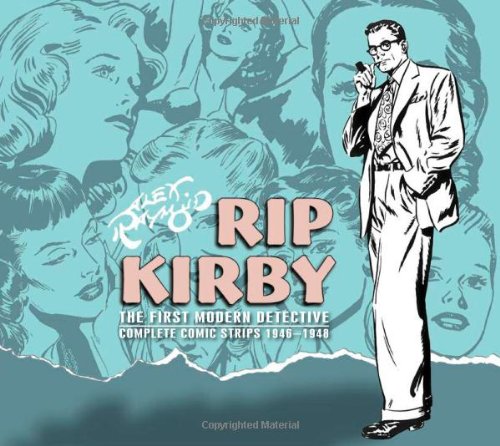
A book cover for Rip Kirby Volume 1; Alex Raymond; Humor & Entertainment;